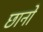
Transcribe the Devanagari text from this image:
छानों